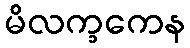
မိလက္ခကေန